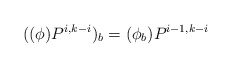
\begin{align*}((\phi)P^{i,k-i})_b &= (\phi_b)P^{i-1,k-i}\end{align*}